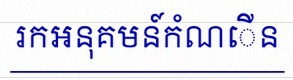
រកអនុគមន៍កំណើន